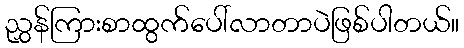
ညွှန်ကြားစာထွက်ပေါ်လာတာပဲဖြစ်ပါတယ်။